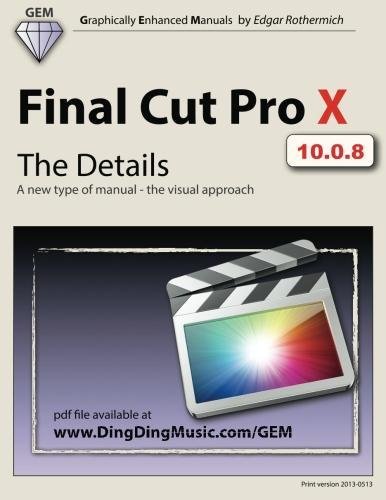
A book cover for Final Cut Pro X - The Details: A new type of manual - the visual approach (Graphically Enhanced Manuals); Edgar Rothermich; Computers & Technology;